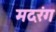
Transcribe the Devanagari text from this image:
मदरंग